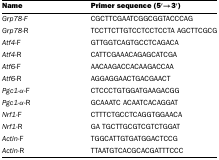
<table><thead><tr><td><b>Name</b></td><td><b>Primer sequence (5′→3′)</b></td></tr></thead><tbody><tr><td><i>Grp78-F</i></td><td>CGCTTCGAATCGGCGGTACCCAG</td></tr><tr><td><i>Grp78</i>-R</td><td>TCCTTCTTGTCCTCCTCCTA AGCTTCGCG</td></tr><tr><td><i>Atf4</i>-F</td><td>GTTGGTCAGTGCCTCAGACA</td></tr><tr><td><i>Atf4</i>-R</td><td>CATTCGAAACAGAGCATCGA</td></tr><tr><td><i>Atf6</i>-F</td><td>AACAAGACCACAAGACCAA</td></tr><tr><td><i>Atf6</i>-R</td><td>AGGAGGAACTGACGAACT</td></tr><tr><td><i>Pgc1-α</i>-F</td><td>CTCCCTGTGGATGAAGACGG</td></tr><tr><td><i>Pgc1-α</i>-R</td><td>GCAAATC ACAATCACAGGAT</td></tr><tr><td><i>Nrf1</i>-F</td><td>CTTTCTGCCTCAGGTGGAACA</td></tr><tr><td><i>Nrf1</i>-R</td><td>GA TGCTTGCGTCGTCTGGAT</td></tr><tr><td><i>Actin</i>-F</td><td>TGGCATTGTGATGGACTCCG</td></tr><tr><td><i>Actin</i>-R</td><td>TTAATGTCACGCACGATTTCCC</td></tr></tbody></table>